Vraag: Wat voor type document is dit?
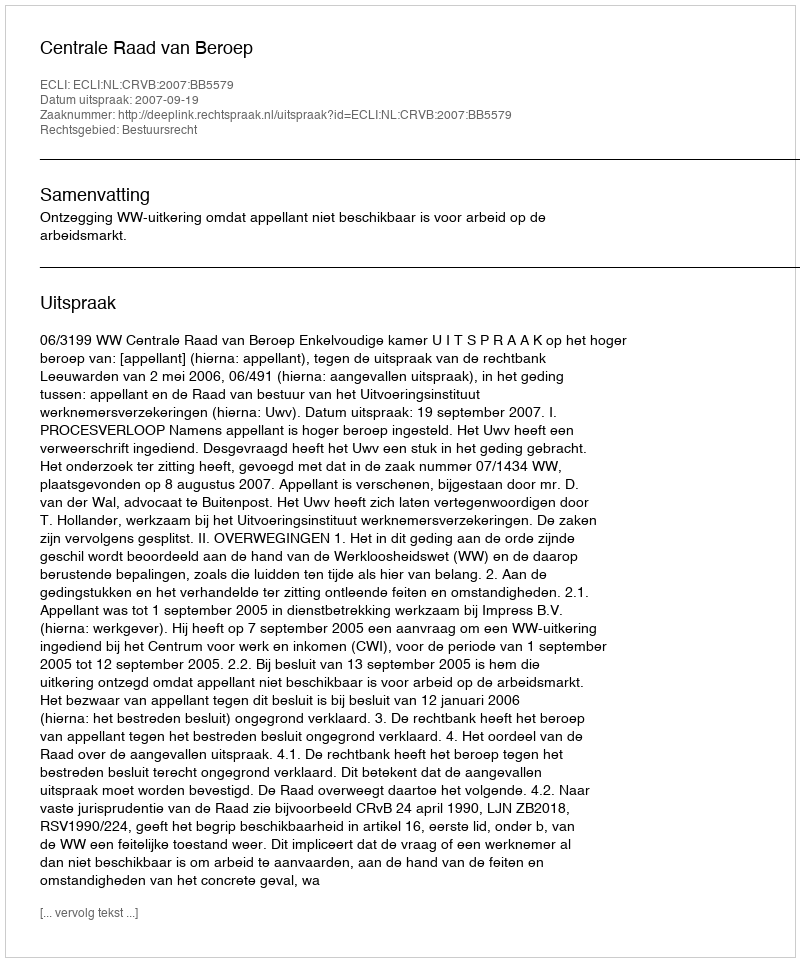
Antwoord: Uitspraak